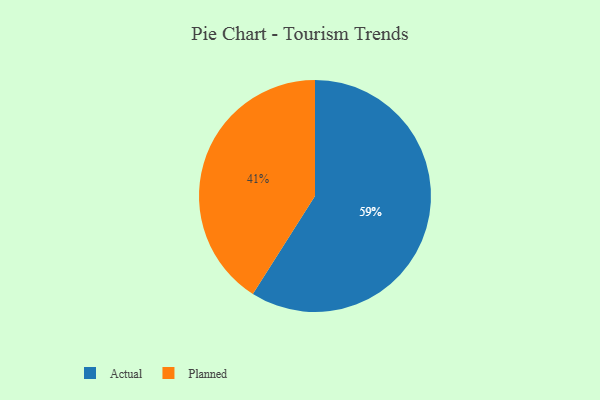
{"axis": {"x": "Category", "y": "Percentage"}, "legend": ["Actual", "Planned"], "data": [{"x": "Actual", "y": 59, "type": "Actual"}, {"x": "Planned", "y": 41, "type": "Planned"}]}